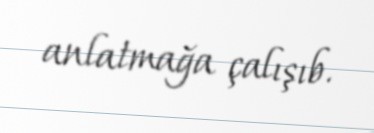
anlatmağa çalışıb.